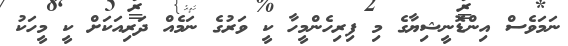
ނަމަވެސް އިންޑޮނީޝިޔާގެ މި ފިރިހެންމީހާ ކީ ވަރުގެ ނަމެއް ދަރިއަކަށް ކީ މީހަކު